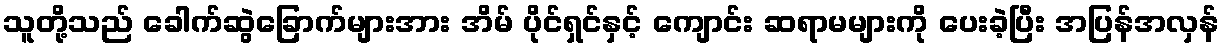
သူတို့သည် ခေါက်ဆွဲခြောက်များအား အိမ် ပိုင်ရှင်နှင့် ကျောင်း ဆရာမများကို ပေးခဲ့ပြီး အပြန်အလှန်